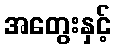
အတွေးနှင့်